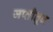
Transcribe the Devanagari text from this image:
जप्तीतून